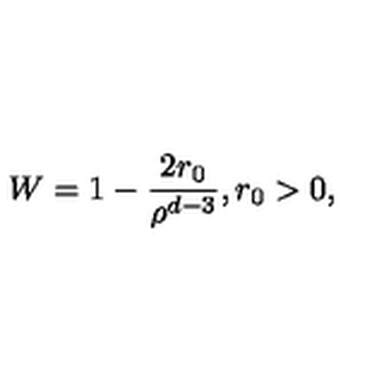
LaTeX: W = 1 - \frac { 2 r _ { 0 } } { \rho ^ { d - 3 } } , r _ { 0 } > 0 ,